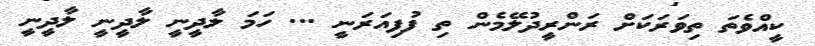
ކީއްވެތަ ތިވަރަކަށް ރަންރީދުލޭމެން ތި ފުފިއަރަނީ ... ހަމަ ލާދީނީ ލާދީނީ ލާދީނީ